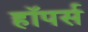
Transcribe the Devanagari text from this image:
हॉपर्स